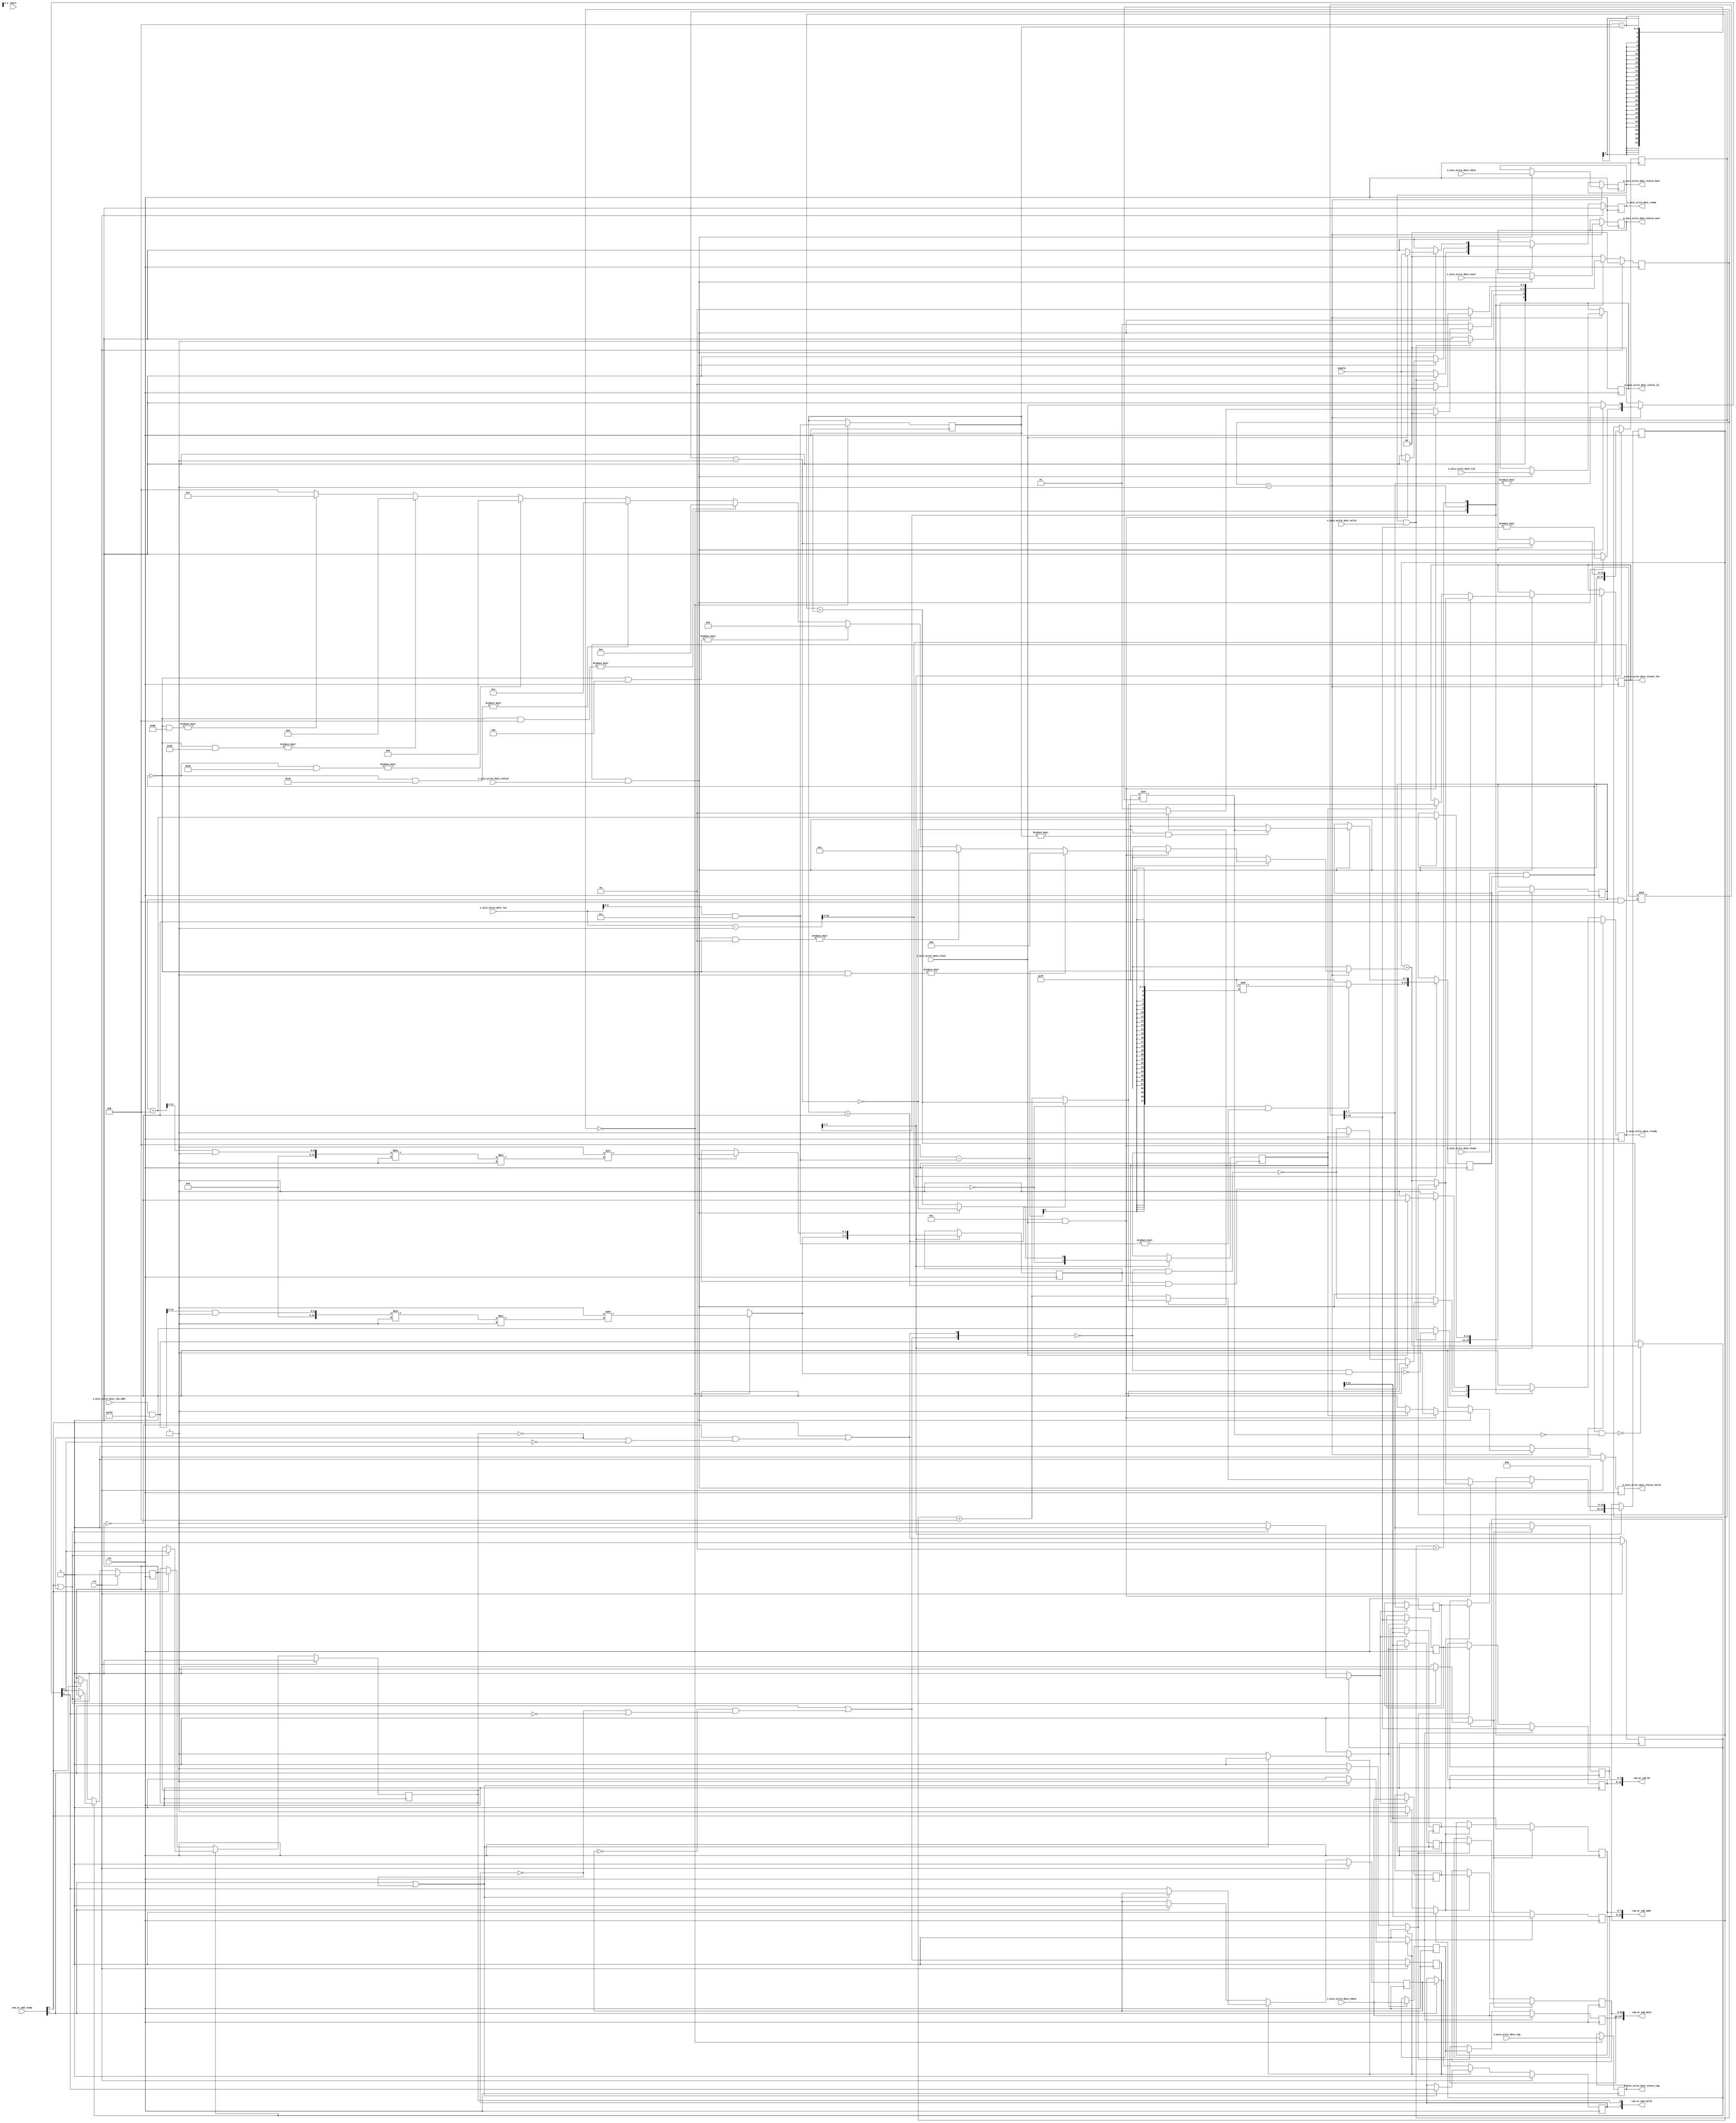
/*

Copyright (c) 2019 Alex Forencich

Permission is hereby granted, free of charge, to any person obtaining a copy
of this software and associated documentation files (the "Software"), to deal
in the Software without restriction, including without limitation the rights
to use, copy, modify, merge, publish, distribute, sublicense, and/or sell
copies of the Software, and to permit persons to whom the Software is
furnished to do so, subject to the following conditions:

The above copyright notice and this permission notice shall be included in
all copies or substantial portions of the Software.

THE SOFTWARE IS PROVIDED "AS IS", WITHOUT WARRANTY OF ANY KIND, EXPRESS OR
IMPLIED, INCLUDING BUT NOT LIMITED TO THE WARRANTIES OF MERCHANTABILITY
FITNESS FOR A PARTICULAR PURPOSE AND NONINFRINGEMENT. IN NO EVENT SHALL THE
AUTHORS OR COPYRIGHT HOLDERS BE LIABLE FOR ANY CLAIM, DAMAGES OR OTHER
LIABILITY, WHETHER IN AN ACTION OF CONTRACT, TORT OR OTHERWISE, ARISING FROM,
OUT OF OR IN CONNECTION WITH THE SOFTWARE OR THE USE OR OTHER DEALINGS IN
THE SOFTWARE.

*/

// Language: Verilog 2001

`timescale 1ns / 1ps

/*
 * AXI stream sink DMA client
 */
module dma_client_axis_sink #
(
    // RAM segment count
    parameter SEG_COUNT = 2,
    // RAM segment data width
    parameter SEG_DATA_WIDTH = 64,
    // RAM segment address width
    parameter SEG_ADDR_WIDTH = 8,
    // RAM segment byte enable width
    parameter SEG_BE_WIDTH = SEG_DATA_WIDTH/8,
    // RAM address width
    parameter RAM_ADDR_WIDTH = SEG_ADDR_WIDTH+$clog2(SEG_COUNT)+$clog2(SEG_BE_WIDTH),
    // Width of AXI stream interfaces in bits
    parameter AXIS_DATA_WIDTH = SEG_DATA_WIDTH*SEG_COUNT/2,
    // Use AXI stream tkeep signal
    parameter AXIS_KEEP_ENABLE = (AXIS_DATA_WIDTH>8),
    // AXI stream tkeep signal width (words per cycle)
    parameter AXIS_KEEP_WIDTH = (AXIS_DATA_WIDTH/8),
    // Use AXI stream tlast signal
    parameter AXIS_LAST_ENABLE = 1,
    // Propagate AXI stream tid signal
    parameter AXIS_ID_ENABLE = 0,
    // AXI stream tid signal width
    parameter AXIS_ID_WIDTH = 8,
    // Propagate AXI stream tdest signal
    parameter AXIS_DEST_ENABLE = 0,
    // AXI stream tdest signal width
    parameter AXIS_DEST_WIDTH = 8,
    // Propagate AXI stream tuser signal
    parameter AXIS_USER_ENABLE = 1,
    // AXI stream tuser signal width
    parameter AXIS_USER_WIDTH = 1,
    // Width of length field
    parameter LEN_WIDTH = 16,
    // Width of tag field
    parameter TAG_WIDTH = 8
)
(
    input  wire                                 clk,
    input  wire                                 rst,

    /*
     * AXI write descriptor input
     */
    input  wire [RAM_ADDR_WIDTH-1:0]            s_axis_write_desc_ram_addr,
    input  wire [LEN_WIDTH-1:0]                 s_axis_write_desc_len,
    input  wire [TAG_WIDTH-1:0]                 s_axis_write_desc_tag,
    input  wire                                 s_axis_write_desc_valid,
    output wire                                 s_axis_write_desc_ready,

    /*
     * AXI write descriptor status output
     */
    output wire [LEN_WIDTH-1:0]                 m_axis_write_desc_status_len,
    output wire [TAG_WIDTH-1:0]                 m_axis_write_desc_status_tag,
    output wire [AXIS_ID_WIDTH-1:0]             m_axis_write_desc_status_id,
    output wire [AXIS_DEST_WIDTH-1:0]           m_axis_write_desc_status_dest,
    output wire [AXIS_USER_WIDTH-1:0]           m_axis_write_desc_status_user,
    output wire                                 m_axis_write_desc_status_valid,

    /*
     * AXI stream write data input
     */
    input  wire [AXIS_DATA_WIDTH-1:0]           s_axis_write_data_tdata,
    input  wire [AXIS_KEEP_WIDTH-1:0]           s_axis_write_data_tkeep,
    input  wire                                 s_axis_write_data_tvalid,
    output wire                                 s_axis_write_data_tready,
    input  wire                                 s_axis_write_data_tlast,
    input  wire [AXIS_ID_WIDTH-1:0]             s_axis_write_data_tid,
    input  wire [AXIS_DEST_WIDTH-1:0]           s_axis_write_data_tdest,
    input  wire [AXIS_USER_WIDTH-1:0]           s_axis_write_data_tuser,

    /*
     * RAM interface
     */
    output wire [SEG_COUNT*SEG_BE_WIDTH-1:0]    ram_wr_cmd_be,
    output wire [SEG_COUNT*SEG_ADDR_WIDTH-1:0]  ram_wr_cmd_addr,
    output wire [SEG_COUNT*SEG_DATA_WIDTH-1:0]  ram_wr_cmd_data,
    output wire [SEG_COUNT-1:0]                 ram_wr_cmd_valid,
    input  wire [SEG_COUNT-1:0]                 ram_wr_cmd_ready,

    /*
     * Configuration
     */
    input  wire                                 enable,
    input  wire                                 abort
);

parameter RAM_WORD_WIDTH = SEG_BE_WIDTH;
parameter RAM_WORD_SIZE = SEG_DATA_WIDTH/RAM_WORD_WIDTH;

parameter AXIS_KEEP_WIDTH_INT = AXIS_KEEP_ENABLE ? AXIS_KEEP_WIDTH : 1;
parameter AXIS_WORD_WIDTH = AXIS_KEEP_WIDTH_INT;
parameter AXIS_WORD_SIZE = AXIS_DATA_WIDTH/AXIS_WORD_WIDTH;

parameter PART_COUNT = SEG_COUNT*SEG_BE_WIDTH / AXIS_KEEP_WIDTH_INT;
parameter PART_COUNT_WIDTH = PART_COUNT > 1 ? $clog2(PART_COUNT) : 1;
parameter PART_OFFSET_WIDTH = AXIS_KEEP_WIDTH_INT > 1 ? $clog2(AXIS_KEEP_WIDTH_INT) : 1;
parameter PARTS_PER_SEG = (SEG_BE_WIDTH + AXIS_KEEP_WIDTH_INT - 1) / AXIS_KEEP_WIDTH_INT;
parameter SEGS_PER_PART = (AXIS_KEEP_WIDTH_INT + SEG_BE_WIDTH - 1) / SEG_BE_WIDTH;

parameter OFFSET_WIDTH = AXIS_KEEP_WIDTH_INT > 1 ? $clog2(AXIS_KEEP_WIDTH_INT) : 1;
parameter OFFSET_MASK = AXIS_KEEP_WIDTH_INT > 1 ? {OFFSET_WIDTH{1'b1}} : 0;
parameter ADDR_MASK = {RAM_ADDR_WIDTH{1'b1}} << $clog2(AXIS_KEEP_WIDTH_INT);
parameter CYCLE_COUNT_WIDTH = LEN_WIDTH - $clog2(AXIS_KEEP_WIDTH_INT) + 1;

// bus width assertions
initial begin
    if (RAM_WORD_SIZE * SEG_BE_WIDTH != SEG_DATA_WIDTH) begin
        $error("Error: RAM data width not evenly divisble (instance %m)");
        $finish;
    end

    if (AXIS_WORD_SIZE * AXIS_KEEP_WIDTH_INT != AXIS_DATA_WIDTH) begin
        $error("Error: AXI stream data width not evenly divisble (instance %m)");
        $finish;
    end

    if (RAM_WORD_SIZE != AXIS_WORD_SIZE) begin
        $error("Error: word size mismatch (instance %m)");
        $finish;
    end

    if (2**$clog2(RAM_WORD_WIDTH) != RAM_WORD_WIDTH) begin
        $error("Error: RAM word width must be even power of two (instance %m)");
        $finish;
    end

    if (RAM_ADDR_WIDTH != SEG_ADDR_WIDTH+$clog2(SEG_COUNT)+$clog2(SEG_BE_WIDTH)) begin
        $error("Error: RAM_ADDR_WIDTH does not match RAM configuration (instance %m)");
        $finish;
    end

    if (AXIS_DATA_WIDTH > SEG_COUNT*SEG_DATA_WIDTH) begin
        $error("Error: AXI stream interface width must not be wider than RAM interface width (instance %m)");
        $finish;
    end

    if (AXIS_DATA_WIDTH*2**PART_COUNT_WIDTH != SEG_COUNT*SEG_DATA_WIDTH) begin
        $error("Error: AXI stream interface width must be a power of two fraction of RAM interface width (instance %m)");
        $finish;
    end
end

localparam [1:0]
    STATE_IDLE = 2'd0,
    STATE_WRITE = 2'd1,
    STATE_DROP_DATA = 2'd2;

reg [1:0] state_reg = STATE_IDLE, state_next;

integer i;
reg [OFFSET_WIDTH:0] cycle_size;

reg [RAM_ADDR_WIDTH-1:0] addr_reg = {RAM_ADDR_WIDTH{1'b0}}, addr_next;
reg [SEG_COUNT-1:0] ram_mask_reg = 0, ram_mask_next;
reg [AXIS_KEEP_WIDTH_INT-1:0] keep_mask_reg = {AXIS_KEEP_WIDTH_INT{1'b0}}, keep_mask_next;
reg [OFFSET_WIDTH-1:0] last_cycle_offset_reg = {OFFSET_WIDTH{1'b0}}, last_cycle_offset_next;
reg [LEN_WIDTH-1:0] length_reg = {LEN_WIDTH{1'b0}}, length_next;
reg [CYCLE_COUNT_WIDTH-1:0] cycle_count_reg = {CYCLE_COUNT_WIDTH{1'b0}}, cycle_count_next;
reg last_cycle_reg = 1'b0, last_cycle_next;

reg s_axis_write_desc_ready_reg = 1'b0, s_axis_write_desc_ready_next;

reg [LEN_WIDTH-1:0] m_axis_write_desc_status_len_reg = {LEN_WIDTH{1'b0}}, m_axis_write_desc_status_len_next;
reg [TAG_WIDTH-1:0] m_axis_write_desc_status_tag_reg = {TAG_WIDTH{1'b0}}, m_axis_write_desc_status_tag_next;
reg [AXIS_ID_WIDTH-1:0] m_axis_write_desc_status_id_reg = {AXIS_ID_WIDTH{1'b0}}, m_axis_write_desc_status_id_next;
reg [AXIS_DEST_WIDTH-1:0] m_axis_write_desc_status_dest_reg = {AXIS_DEST_WIDTH{1'b0}}, m_axis_write_desc_status_dest_next;
reg [AXIS_USER_WIDTH-1:0] m_axis_write_desc_status_user_reg = {AXIS_USER_WIDTH{1'b0}}, m_axis_write_desc_status_user_next;
reg m_axis_write_desc_status_valid_reg = 1'b0, m_axis_write_desc_status_valid_next;

reg s_axis_write_data_tready_reg = 1'b0, s_axis_write_data_tready_next;

// internal datapath
reg  [SEG_COUNT*SEG_BE_WIDTH-1:0]   ram_wr_cmd_be_int;
reg  [SEG_COUNT*SEG_ADDR_WIDTH-1:0] ram_wr_cmd_addr_int;
reg  [SEG_COUNT*SEG_DATA_WIDTH-1:0] ram_wr_cmd_data_int;
reg  [SEG_COUNT-1:0]                ram_wr_cmd_valid_int;
reg  [SEG_COUNT-1:0]                ram_wr_cmd_ready_int_reg = 1'b0;
wire [SEG_COUNT-1:0]                ram_wr_cmd_ready_int_early;

assign s_axis_write_desc_ready = s_axis_write_desc_ready_reg;

assign m_axis_write_desc_status_len = m_axis_write_desc_status_len_reg;
assign m_axis_write_desc_status_tag = m_axis_write_desc_status_tag_reg;
assign m_axis_write_desc_status_id = m_axis_write_desc_status_id_reg;
assign m_axis_write_desc_status_dest = m_axis_write_desc_status_dest_reg;
assign m_axis_write_desc_status_user = m_axis_write_desc_status_user_reg;
assign m_axis_write_desc_status_valid = m_axis_write_desc_status_valid_reg;

assign s_axis_write_data_tready = s_axis_write_data_tready_reg;

always @* begin
    state_next = STATE_IDLE;

    s_axis_write_desc_ready_next = 1'b0;

    m_axis_write_desc_status_len_next = m_axis_write_desc_status_len_reg;
    m_axis_write_desc_status_tag_next = m_axis_write_desc_status_tag_reg;
    m_axis_write_desc_status_id_next = m_axis_write_desc_status_id_reg;
    m_axis_write_desc_status_dest_next = m_axis_write_desc_status_dest_reg;
    m_axis_write_desc_status_user_next = m_axis_write_desc_status_user_reg;
    m_axis_write_desc_status_valid_next = 1'b0;

    s_axis_write_data_tready_next = 1'b0;

    ram_wr_cmd_be_int = (s_axis_write_data_tkeep & keep_mask_reg) << (addr_reg & ({PART_COUNT_WIDTH{1'b1}} << PART_OFFSET_WIDTH));
    ram_wr_cmd_addr_int = {PART_COUNT{addr_reg[RAM_ADDR_WIDTH-1:RAM_ADDR_WIDTH-SEG_ADDR_WIDTH]}};
    ram_wr_cmd_data_int = {PART_COUNT{s_axis_write_data_tdata}};
    ram_wr_cmd_valid_int = {SEG_COUNT{1'b0}};

    cycle_size = AXIS_KEEP_WIDTH_INT;

    addr_next = addr_reg;
    ram_mask_next = ram_mask_reg;
    keep_mask_next = keep_mask_reg;
    last_cycle_offset_next = last_cycle_offset_reg;
    length_next = length_reg;
    cycle_count_next = cycle_count_reg;
    last_cycle_next = last_cycle_reg;

    case (state_reg)
        STATE_IDLE: begin
            // idle state - load new descriptor to start operation
            s_axis_write_desc_ready_next = enable;

            addr_next = s_axis_write_desc_ram_addr & ADDR_MASK;
            last_cycle_offset_next = s_axis_write_desc_len & OFFSET_MASK;

            if (PART_COUNT > 1) begin
                ram_mask_next = {SEGS_PER_PART{1'b1}} << ((((addr_next >> PART_OFFSET_WIDTH) & ({PART_COUNT_WIDTH{1'b1}})) / PARTS_PER_SEG) * SEGS_PER_PART);
            end else begin
                ram_mask_next = {SEG_COUNT{1'b1}};
            end

            m_axis_write_desc_status_tag_next = s_axis_write_desc_tag;

            length_next = 0;

            cycle_count_next = (s_axis_write_desc_len - 1) >> $clog2(AXIS_KEEP_WIDTH_INT);
            last_cycle_next = cycle_count_next == 0;
            if (cycle_count_next == 0 && last_cycle_offset_next != 0) begin
                keep_mask_next = {AXIS_KEEP_WIDTH_INT{1'b1}} >> (AXIS_KEEP_WIDTH_INT - last_cycle_offset_next);
            end else begin
                keep_mask_next = {AXIS_KEEP_WIDTH_INT{1'b1}};
            end

            if (s_axis_write_desc_ready && s_axis_write_desc_valid) begin
                s_axis_write_desc_ready_next = 1'b0;
                s_axis_write_data_tready_next = !(~ram_wr_cmd_ready_int_early & ram_mask_next);
                state_next = STATE_WRITE;
            end else begin
                state_next = STATE_IDLE;
            end
        end
        STATE_WRITE: begin
            // write state - generate write operations
            s_axis_write_data_tready_next = !(~ram_wr_cmd_ready_int_early & ram_mask_reg);

            if (s_axis_write_data_tready && s_axis_write_data_tvalid) begin
                m_axis_write_desc_status_id_next = s_axis_write_data_tid;
                m_axis_write_desc_status_dest_next = s_axis_write_data_tdest;
                m_axis_write_desc_status_user_next = s_axis_write_data_tuser;

                // update counters
                addr_next = addr_reg + AXIS_KEEP_WIDTH_INT;
                length_next = length_reg + AXIS_KEEP_WIDTH_INT;
                cycle_count_next = cycle_count_reg - 1;
                last_cycle_next = cycle_count_next == 0;
                if (cycle_count_next == 0 && last_cycle_offset_reg != 0) begin
                    keep_mask_next = {AXIS_KEEP_WIDTH_INT{1'b1}} >> (AXIS_KEEP_WIDTH_INT - last_cycle_offset_reg);
                end else begin
                    keep_mask_next = {AXIS_KEEP_WIDTH_INT{1'b1}};
                end

                if (PART_COUNT > 1) begin
                    ram_mask_next = {SEGS_PER_PART{1'b1}} << ((((addr_next >> PART_OFFSET_WIDTH) & ({PART_COUNT_WIDTH{1'b1}})) / PARTS_PER_SEG) * SEGS_PER_PART);
                end else begin
                    ram_mask_next = {SEG_COUNT{1'b1}};
                end

                ram_wr_cmd_be_int = (s_axis_write_data_tkeep & keep_mask_reg) << (addr_reg & ({PART_COUNT_WIDTH{1'b1}} << PART_OFFSET_WIDTH));
                ram_wr_cmd_addr_int = {SEG_COUNT{addr_reg[RAM_ADDR_WIDTH-1:RAM_ADDR_WIDTH-SEG_ADDR_WIDTH]}};
                ram_wr_cmd_data_int = {PART_COUNT{s_axis_write_data_tdata}};
                for (i = 0; i < SEG_COUNT; i = i + 1) begin
                    ram_wr_cmd_valid_int[i] = ram_wr_cmd_be_int[i*SEG_BE_WIDTH +: SEG_BE_WIDTH] != 0;
                end

                if (AXIS_LAST_ENABLE && s_axis_write_data_tlast) begin
                    if (AXIS_KEEP_ENABLE) begin
                        cycle_size = AXIS_KEEP_WIDTH_INT;
                        for (i = AXIS_KEEP_WIDTH_INT-1; i >= 0; i = i - 1) begin
                            if (~(s_axis_write_data_tkeep & keep_mask_reg) & (1 << i)) begin
                                cycle_size = i;
                            end
                        end
                    end else begin
                        cycle_size = AXIS_KEEP_WIDTH_INT;
                    end

                    // no more data to transfer, finish operation
                    if (last_cycle_reg && last_cycle_offset_reg > 0) begin
                        if (AXIS_KEEP_ENABLE && !(s_axis_write_data_tkeep & keep_mask_reg & ~({AXIS_KEEP_WIDTH_INT{1'b1}} >> (AXIS_KEEP_WIDTH_INT - last_cycle_offset_reg)))) begin
                            length_next = length_reg + cycle_size;
                        end else begin
                            length_next = length_reg + last_cycle_offset_reg;
                        end
                    end else begin
                        if (AXIS_KEEP_ENABLE) begin
                            length_next = length_reg + cycle_size;
                        end
                    end

                    m_axis_write_desc_status_len_next = length_next;
                    m_axis_write_desc_status_valid_next = 1'b1;

                    s_axis_write_data_tready_next = 1'b0;
                    s_axis_write_desc_ready_next = enable;
                    state_next = STATE_IDLE;
                end else if (last_cycle_reg) begin
                    if (last_cycle_offset_reg > 0) begin
                        length_next = length_reg + last_cycle_offset_reg;
                    end

                    m_axis_write_desc_status_len_next = length_next;
                    m_axis_write_desc_status_valid_next = 1'b1;

                    if (AXIS_LAST_ENABLE) begin
                        s_axis_write_data_tready_next = 1'b1;
                        state_next = STATE_DROP_DATA;
                    end else begin
                        s_axis_write_data_tready_next = 1'b0;
                        s_axis_write_desc_ready_next = enable;
                        state_next = STATE_IDLE;
                    end
                end else begin
                    state_next = STATE_WRITE;
                end
            end else begin
                state_next = STATE_WRITE;
            end
        end
        STATE_DROP_DATA: begin
            // drop excess AXI stream data
            s_axis_write_data_tready_next = 1'b1;

            if (s_axis_write_data_tready && s_axis_write_data_tvalid) begin
                if (s_axis_write_data_tlast) begin
                    s_axis_write_data_tready_next = 1'b0;
                    s_axis_write_desc_ready_next = enable;
                    state_next = STATE_IDLE;
                end else begin
                    state_next = STATE_DROP_DATA;
                end
            end else begin
                state_next = STATE_DROP_DATA;
            end
        end
    endcase
end

always @(posedge clk) begin
    state_reg <= state_next;

    s_axis_write_desc_ready_reg <= s_axis_write_desc_ready_next;

    m_axis_write_desc_status_len_reg <= m_axis_write_desc_status_len_next;
    m_axis_write_desc_status_tag_reg <= m_axis_write_desc_status_tag_next;
    m_axis_write_desc_status_id_reg <= m_axis_write_desc_status_id_next;
    m_axis_write_desc_status_dest_reg <= m_axis_write_desc_status_dest_next;
    m_axis_write_desc_status_user_reg <= m_axis_write_desc_status_user_next;
    m_axis_write_desc_status_valid_reg <= m_axis_write_desc_status_valid_next;

    s_axis_write_data_tready_reg <= s_axis_write_data_tready_next;

    addr_reg <= addr_next;
    ram_mask_reg <= ram_mask_next;
    keep_mask_reg <= keep_mask_next;
    last_cycle_offset_reg <= last_cycle_offset_next;
    length_reg <= length_next;
    cycle_count_reg <= cycle_count_next;
    last_cycle_reg <= last_cycle_next;

    if (rst) begin
        state_reg <= STATE_IDLE;
        s_axis_write_desc_ready_reg <= 1'b0;
        m_axis_write_desc_status_valid_reg <= 1'b0;
        s_axis_write_data_tready_reg <= 1'b0;
    end
end

// output datapath logic (write data)
generate

genvar n;

for (n = 0; n < SEG_COUNT; n = n + 1) begin

    reg [SEG_BE_WIDTH-1:0]   ram_wr_cmd_be_reg = {SEG_BE_WIDTH{1'b0}};
    reg [SEG_ADDR_WIDTH-1:0] ram_wr_cmd_addr_reg = {SEG_ADDR_WIDTH{1'b0}};
    reg [SEG_DATA_WIDTH-1:0] ram_wr_cmd_data_reg = {SEG_DATA_WIDTH{1'b0}};
    reg                      ram_wr_cmd_valid_reg = 1'b0, ram_wr_cmd_valid_next;

    reg [SEG_BE_WIDTH-1:0]   temp_ram_wr_cmd_be_reg = {SEG_BE_WIDTH{1'b0}};
    reg [SEG_ADDR_WIDTH-1:0] temp_ram_wr_cmd_addr_reg = {SEG_ADDR_WIDTH{1'b0}};
    reg [SEG_DATA_WIDTH-1:0] temp_ram_wr_cmd_data_reg = {SEG_DATA_WIDTH{1'b0}};
    reg                      temp_ram_wr_cmd_valid_reg = 1'b0, temp_ram_wr_cmd_valid_next;

    // datapath control
    reg store_axi_w_int_to_output;
    reg store_axi_w_int_to_temp;
    reg store_axi_w_temp_to_output;

    assign ram_wr_cmd_be[n*SEG_BE_WIDTH +: SEG_BE_WIDTH] = ram_wr_cmd_be_reg;
    assign ram_wr_cmd_addr[n*SEG_ADDR_WIDTH +: SEG_ADDR_WIDTH] = ram_wr_cmd_addr_reg;
    assign ram_wr_cmd_data[n*SEG_DATA_WIDTH +: SEG_DATA_WIDTH] = ram_wr_cmd_data_reg;
    assign ram_wr_cmd_valid[n +: 1] = ram_wr_cmd_valid_reg;

    // enable ready input next cycle if output is ready or the temp reg will not be filled on the next cycle (output reg empty or no input)
    assign ram_wr_cmd_ready_int_early[n +: 1] = ram_wr_cmd_ready[n +: 1] || (!temp_ram_wr_cmd_valid_reg && (!ram_wr_cmd_valid_reg || !ram_wr_cmd_valid_int[n +: 1]));

    always @* begin
        // transfer sink ready state to source
        ram_wr_cmd_valid_next = ram_wr_cmd_valid_reg;
        temp_ram_wr_cmd_valid_next = temp_ram_wr_cmd_valid_reg;

        store_axi_w_int_to_output = 1'b0;
        store_axi_w_int_to_temp = 1'b0;
        store_axi_w_temp_to_output = 1'b0;
        
        if (ram_wr_cmd_ready_int_reg[n +: 1]) begin
            // input is ready
            if (ram_wr_cmd_ready[n +: 1] || !ram_wr_cmd_valid_reg) begin
                // output is ready or currently not valid, transfer data to output
                ram_wr_cmd_valid_next = ram_wr_cmd_valid_int[n +: 1];
                store_axi_w_int_to_output = 1'b1;
            end else begin
                // output is not ready, store input in temp
                temp_ram_wr_cmd_valid_next = ram_wr_cmd_valid_int[n +: 1];
                store_axi_w_int_to_temp = 1'b1;
            end
        end else if (ram_wr_cmd_ready[n +: 1]) begin
            // input is not ready, but output is ready
            ram_wr_cmd_valid_next = temp_ram_wr_cmd_valid_reg;
            temp_ram_wr_cmd_valid_next = 1'b0;
            store_axi_w_temp_to_output = 1'b1;
        end
    end

    always @(posedge clk) begin
        if (rst) begin
            ram_wr_cmd_valid_reg <= 1'b0;
            ram_wr_cmd_ready_int_reg[n +: 1] <= 1'b0;
            temp_ram_wr_cmd_valid_reg <= 1'b0;
        end else begin
            ram_wr_cmd_valid_reg <= ram_wr_cmd_valid_next;
            ram_wr_cmd_ready_int_reg[n +: 1] <= ram_wr_cmd_ready_int_early[n +: 1];
            temp_ram_wr_cmd_valid_reg <= temp_ram_wr_cmd_valid_next;
        end

        // datapath
        if (store_axi_w_int_to_output) begin
            ram_wr_cmd_be_reg <= ram_wr_cmd_be_int[n*SEG_BE_WIDTH +: SEG_BE_WIDTH];
            ram_wr_cmd_addr_reg <= ram_wr_cmd_addr_int[n*SEG_ADDR_WIDTH +: SEG_ADDR_WIDTH];
            ram_wr_cmd_data_reg <= ram_wr_cmd_data_int[n*SEG_DATA_WIDTH +: SEG_DATA_WIDTH];
        end else if (store_axi_w_temp_to_output) begin
            ram_wr_cmd_be_reg <= temp_ram_wr_cmd_be_reg;
            ram_wr_cmd_addr_reg <= temp_ram_wr_cmd_addr_reg;
            ram_wr_cmd_data_reg <= temp_ram_wr_cmd_data_reg;
        end

        if (store_axi_w_int_to_temp) begin
            temp_ram_wr_cmd_be_reg <= ram_wr_cmd_be_int[n*SEG_BE_WIDTH +: SEG_BE_WIDTH];
            temp_ram_wr_cmd_addr_reg <= ram_wr_cmd_addr_int[n*SEG_ADDR_WIDTH +: SEG_ADDR_WIDTH];
            temp_ram_wr_cmd_data_reg <= ram_wr_cmd_data_int[n*SEG_DATA_WIDTH +: SEG_DATA_WIDTH];
        end
    end

end

endgenerate

endmodule